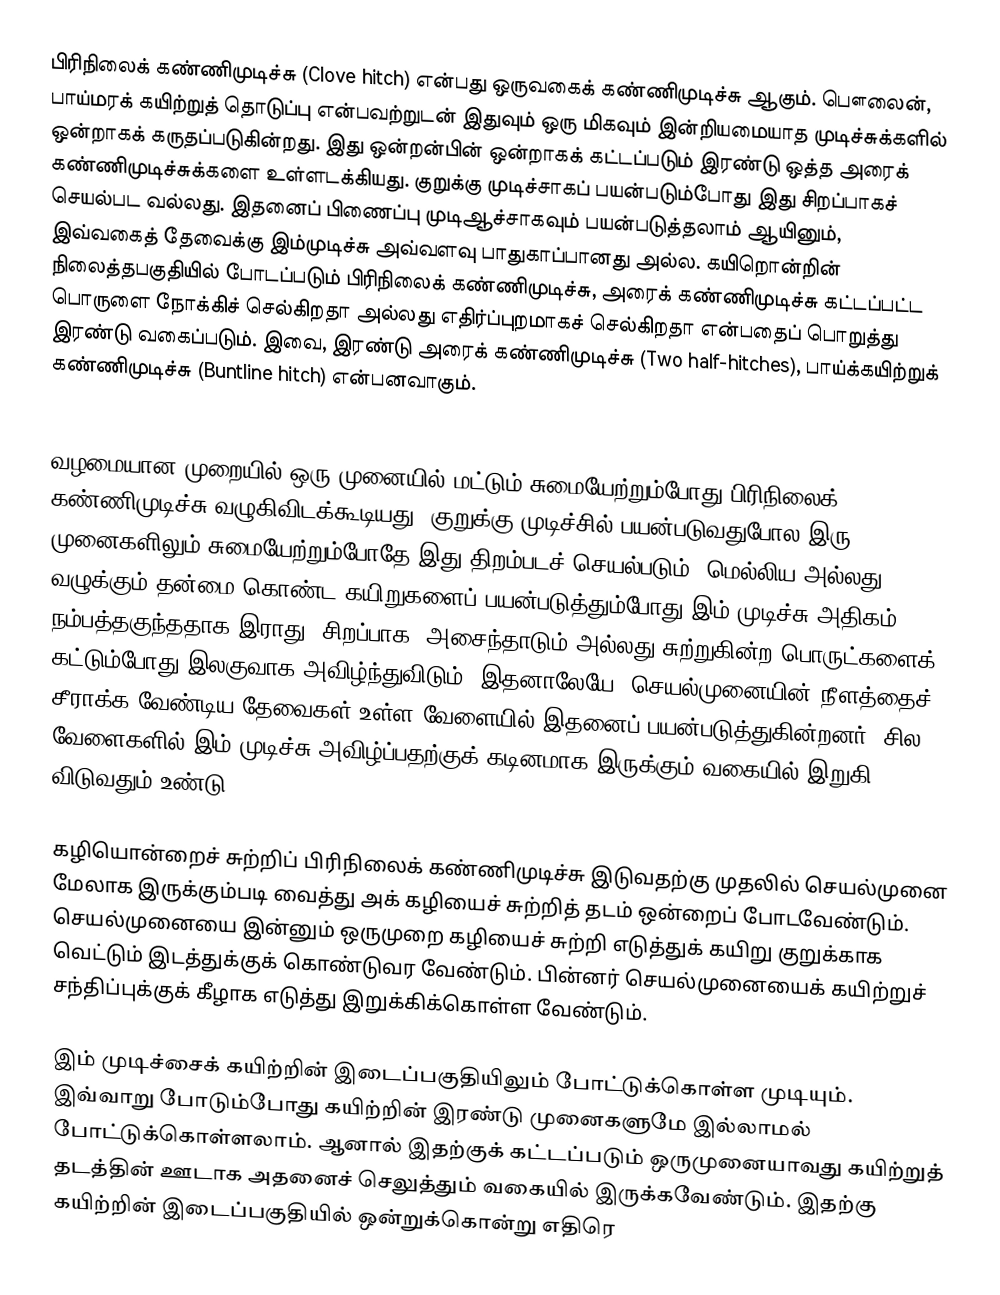
பிரிநிலைக் கண்ணிமுடிச்சு (Clove hitch) என்பது ஒருவகைக் கண்ணிமுடிச்சு ஆகும். பௌலைன், பாய்மரக் கயிற்றுத் தொடுப்பு என்பவற்றுடன் இதுவும் ஒரு மிகவும் இன்றியமையாத முடிச்சுக்களில் ஒன்றாகக் கருதப்படுகின்றது. இது ஒன்றன்பின் ஒன்றாகக் கட்டப்படும் இரண்டு ஒத்த அரைக் கண்ணிமுடிச்சுக்களை உள்ளடக்கியது. குறுக்கு முடிச்சாகப் பயன்படும்போது இது சிறப்பாகச் செயல்பட வல்லது. இதனைப் பிணைப்பு முடிஆச்சாகவும் பயன்படுத்தலாம் ஆயினும், இவ்வகைத் தேவைக்கு இம்முடிச்சு அவ்வளவு பாதுகாப்பானது அல்ல. கயிறொன்றின் நிலைத்தபகுதியில் போடப்படும் பிரிநிலைக் கண்ணிமுடிச்சு, அரைக் கண்ணிமுடிச்சு கட்டப்பட்ட பொருளை நோக்கிச் செல்கிறதா அல்லது எதிர்ப்புறமாகச் செல்கிறதா என்பதைப் பொறுத்து இரண்டு வகைப்படும். இவை, இரண்டு அரைக் கண்ணிமுடிச்சு (Two half-hitches), பாய்க்கயிற்றுக் கண்ணிமுடிச்சு (Buntline hitch) என்பனவாகும்.

வழமையான முறையில் ஒரு முனையில் மட்டும் சுமையேற்றும்போது பிரிநிலைக் கண்ணிமுடிச்சு வழுகிவிடக்கூடியது. குறுக்கு முடிச்சில் பயன்படுவதுபோல இரு முனைகளிலும் சுமையேற்றும்போதே இது திறம்படச் செயல்படும். மெல்லிய அல்லது வழுக்கும் தன்மை கொண்ட கயிறுகளைப் பயன்படுத்தும்போது இம் முடிச்சு அதிகம் நம்பத்தகுந்ததாக இராது. சிறப்பாக, அசைந்தாடும் அல்லது சுற்றுகின்ற பொருட்களைக் கட்டும்போது இலகுவாக அவிழ்ந்துவிடும். இதனாலேயே, செயல்முனையின் நீளத்தைச் சீராக்க வேண்டிய தேவைகள் உள்ள வேளையில் இதனைப் பயன்படுத்துகின்றனர். சில வேளைகளில் இம் முடிச்சு அவிழ்ப்பதற்குக் கடினமாக இருக்கும் வகையில் இறுகி விடுவதும் உண்டு.

கழியொன்றைச் சுற்றிப் பிரிநிலைக் கண்ணிமுடிச்சு இடுவதற்கு முதலில் செயல்முனை மேலாக இருக்கும்படி வைத்து அக் கழியைச் சுற்றித் தடம் ஒன்றைப் போடவேண்டும். செயல்முனையை இன்னும் ஒருமுறை கழியைச் சுற்றி எடுத்துக் கயிறு குறுக்காக வெட்டும் இடத்துக்குக் கொண்டுவர வேண்டும். பின்னர் செயல்முனையைக் கயிற்றுச் சந்திப்புக்குக் கீழாக எடுத்து இறுக்கிக்கொள்ள வேண்டும்.

இம் முடிச்சைக் கயிற்றின் இடைப்பகுதியிலும் போட்டுக்கொள்ள முடியும். இவ்வாறு போடும்போது கயிற்றின் இரண்டு முனைகளுமே இல்லாமல் போட்டுக்கொள்ளலாம். ஆனால் இதற்குக் கட்டப்படும் ஒருமுனையாவது கயிற்றுத் தடத்தின் ஊடாக அதனைச் செலுத்தும் வகையில் இருக்கவேண்டும். இதற்கு கயிற்றின் இடைப்பகுதியில் ஒன்றுக்கொன்று எதிரெ